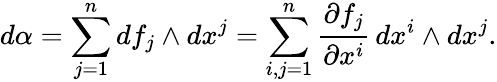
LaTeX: d\alpha=\sum_{j=1}^{n}df_{j}\wedge dx^{j}=\sum_{i,j=1}^{n}{\frac{\partial f_{j}}{\partial x^{i}}}\, dx^{i}\wedge dx^{j}.